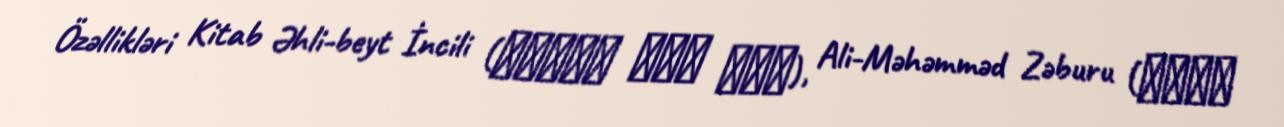
Özəllikləri Kitab Əhli-beyt İncili (انجیل اهل بیت), Ali-Məhəmməd Zəburu (زبور